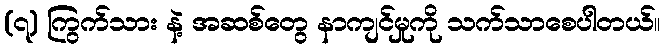
(၇) ကြွက်သား နဲ့ အဆစ်တွေ နာကျင်မှုကို သက်သာစေပါတယ်။